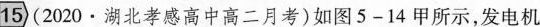
15(2020·湖北孝感高中高二月考)如图5-14甲所示，发电机